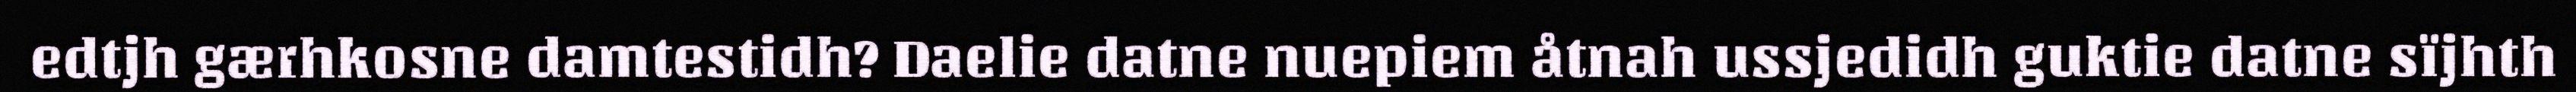
edtjh gærhkosne damtestidh? Daelie datne nuepiem åtnah ussjedidh guktie datne sïjhth